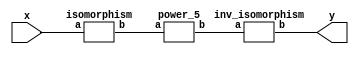
`timescale 1ns/100ps
module SMSS32_5_nn_16_1(x,y);
	 input [5:0] x;
	 output [5:0] y;
	 wire [5:0] w;
	 wire [5:0] p;
	 isomorphism C2 (x,w);
	 power_5 C3 (w,p);
	 inv_isomorphism C4 (p,y);
endmodule

module add_base(a,b,c);
	 input [2:0] a;
	 input [2:0] b;
	 output [2:0] c;
	 assign c[0]=a[0]^b[0];
	 assign c[1]=a[1]^b[1];
	 assign c[2]=a[2]^b[2];
endmodule

module five_base(a,b);
	 input [2:0] a;
	 output [2:0] b;
	 assign b[0]=a[2]^(a[1]&(~a[0]));
	 assign b[1]=a[0]^(a[2]&(~a[1]));
	 assign b[2]=a[1]^(a[0]&(~a[2]));
endmodule

module power_5(a,b);
	 input [5:0] a;
	 output [5:0] b;
	 wire [2:0] x_0;
	 wire [2:0] x_1;
	 wire [2:0] x_2;
	 wire [2:0] x_3;
	 wire [2:0] x_4;
	 wire [2:0] x_5;
	 wire [2:0] y_0;
	 wire [2:0] y_1;
	 assign x_0[0]=a[0];
	 assign x_0[1]=a[1];
	 assign x_0[2]=a[2];
	 assign x_1[0]=a[3];
	 assign x_1[1]=a[4];
	 assign x_1[2]=a[5];
	 add_base A1 (x_0,x_1,x_2);
	 five_base A2 (x_2,x_3);
	 five_base  A3 (x_0,x_4);
	 five_base A4 (x_1,x_5);
	 add_base A5 (x_5,x_3,y_0);
	 add_base A6 (x_4,x_3,y_1);
	 assign b[0]=y_1[0];
	 assign b[1]=y_1[1];
	 assign b[2]=y_1[2];
	 assign b[3]=y_0[0];
	 assign b[4]=y_0[1];
	 assign b[5]=y_0[2];
endmodule

module inv_isomorphism(a,b);
	 input [5:0] a;
	 output [5:0] b;
	 assign b[0]=a[4];
	 assign b[1]=a[2]^a[3]^a[4]^a[5];
	 assign b[2]=a[0]^a[3]^a[5];
	 assign b[3]=a[3];
	 assign b[4]=a[2]^a[4];
	 assign b[5]=a[1]^a[3]^a[4];
endmodule

module isomorphism(a,b);
	 input [5:0] a;
	 output [5:0] b;
	 assign b[0]=a[0]^a[3];
	 assign b[1]=a[2]^a[4]^a[5];
	 assign b[2]=a[0]^a[1];
	 assign b[3]=a[1]^a[2]^a[5];
	 assign b[4]=a[5];
	 assign b[5]=a[4]^a[5];
endmodule